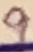
Text: 9